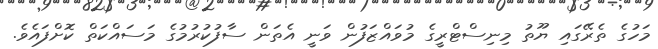
މަހުގެ ތެރޭގައި ޔޫތު މިނިސްޓްރީގެ މުވައްޒަފުން ވަނީ އެތަން ސާފުކުރުމުގެ މަސައްކަތް ކޮށްފައެވެ.